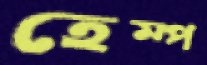
হেম্প